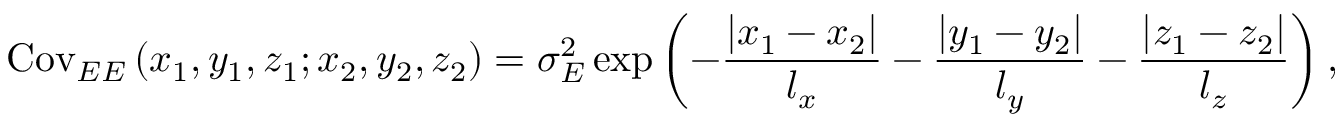
\mathrm { C o v } _ { E E } \left( x _ { 1 } , y _ { 1 } , z _ { 1 } ; x _ { 2 } , y _ { 2 } , z _ { 2 } \right) = \sigma _ { E } ^ { 2 } \exp \left( { - \frac { { \left| x _ { 1 } - x _ { 2 } \right| } } { l _ { x } } - \frac { { \left| y _ { 1 } - y _ { 2 } \right| } } { l _ { y } } - \frac { { \left| z _ { 1 } - z _ { 2 } \right| } } { l _ { z } } } \right) ,